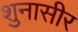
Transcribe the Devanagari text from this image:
शुनासीर